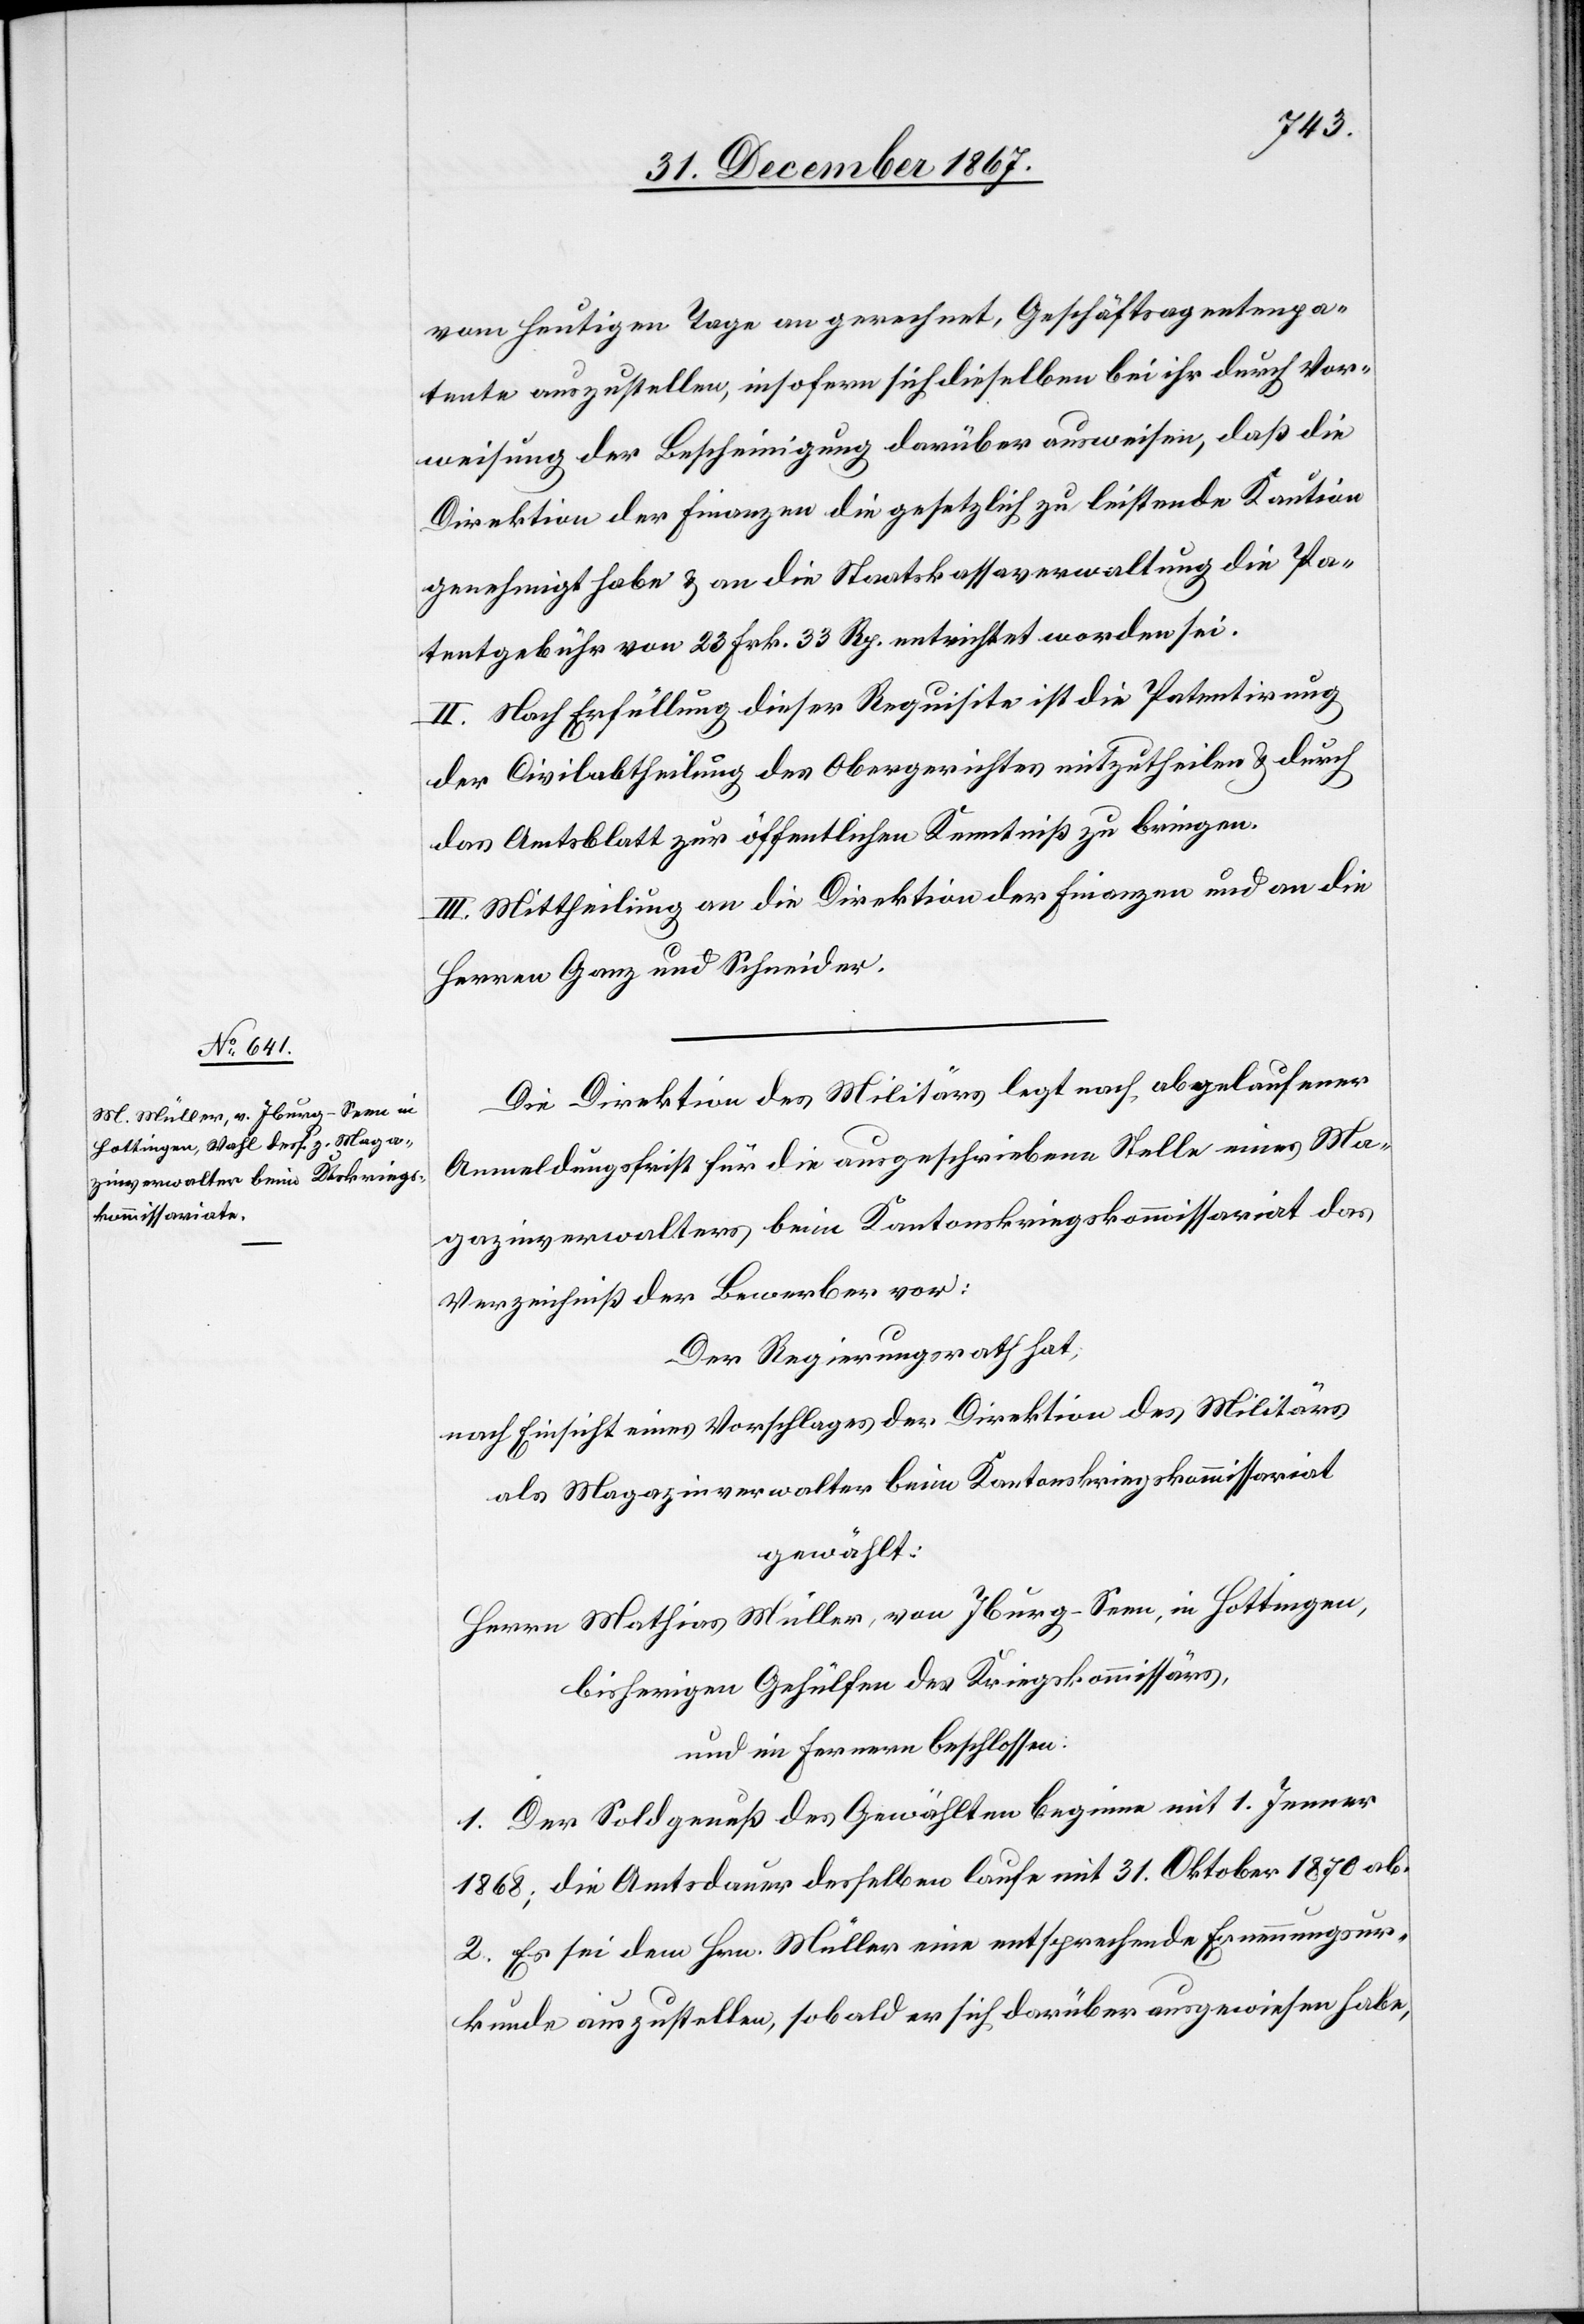
vom heutigen Tage an gerechnet, Geschäftsagentenpa¬
tente auszustellen, insofern sich dieselben bei ihr durch Vor¬
weisung der Bescheinigung darüber ausweisen, daß die
Direktion der Finanzen die gesetzlich zu leistende Kaution
genehmigt habe u. an die Staatskassaverwaltung die Pa¬
tentgebühren von 23 Frk. 33 Rp. entrichtet worden sei.
II. Nach Erfüllung dieser Requisite ist die Patentirung
der Civilabtheilung des Obergerichtes mitzutheilen u. durch
das Amtsblatt zur öffentlichen Kenntniß zu bringen.
III. Mittheilung an die Direktion der Finanzen und an die
Herren Ganz und Schneider.
Die Direktion des Militärs legt nach abgelaufener
Anmeldungsfrust für die ausgeschriebene Stelle eines Ma¬
gazinverwalters beim Kantonskriegskommissariate das
Verzeichniß der Bewerber vor:
Der Regierungsrath hat,
nach Einsicht eines Vorschlages der Direktion des Militärs
als Magazinverwalter beim Kantonskriegskommissariat
gewählt:
Herrn Mathias Müller, von Iburg-Seen, in Hottingen,
bisherigen Gehülfen des Kriegskommissärs,
und im Fernern beschlossen:
1. Der Soldgenuß des Gewählten beginne mit 1. Jenner
1868; die Amtsdauer desselben laufe mit 31. Oktober 1870 ab.
2. Es sei dem Hrn. Müller eine entsprechende Ernennungsur¬
kunde auszustellen, sobald er sich darüber ausgewiesen habe,